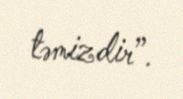
təmizdir”.